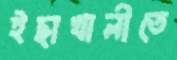
ইছাখালীতে